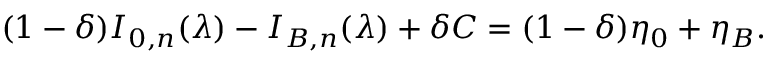
( 1 - \delta ) I _ { 0 , n } ( \lambda ) - I _ { B , n } ( \lambda ) + \delta C = ( 1 - \delta ) \eta _ { 0 } + \eta _ { B } .